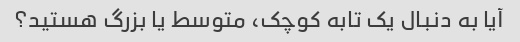
آیا به دنبال یک تابه کوچک، متوسط ​​یا بزرگ هستید؟